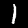
Label: 1